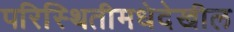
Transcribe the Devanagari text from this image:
परिस्थितीमधेदेखील